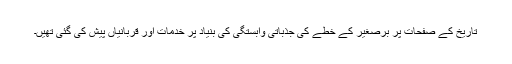
تاریخ کے صفحات پر برصغیر کے خطے کی جذباتی وابستگی کی بنیاد پر خدمات اور قربانیاں پیش کی گئی تھیں۔